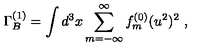
\Gamma _ { B } ^ { ( 1 ) } = \int d ^ { 3 } x \sum _ { m = - \infty } ^ { \infty } f _ { m } ^ { ( 0 ) } ( u ^ { 2 } ) ^ { 2 } \ ,